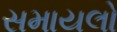
સમાયલો